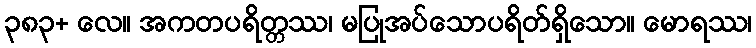
၃၈၃+ လေ။ အကတပရိတ္တဿ၊ မပြုအပ်သောပရိတ်ရှိသော။ မောရဿ၊